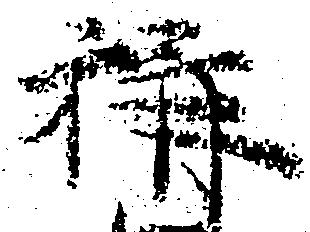
称